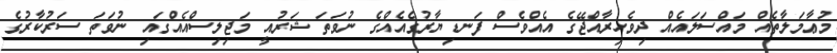
މުޢާމަލާތެއް މައްސަލައެއް ދިވެހިރާއްޖޭގެ އެއްވެސް ފަނޑިޔާރުގެއެއްގެ ނުވަތަ ޝަރުއީ މަޖިލިސްއެއްގައި ނުވަތަ ސަރުކާރުގެ